Annual vaccination report of Bihar and Orissa - 1911-1928
Year: 1911
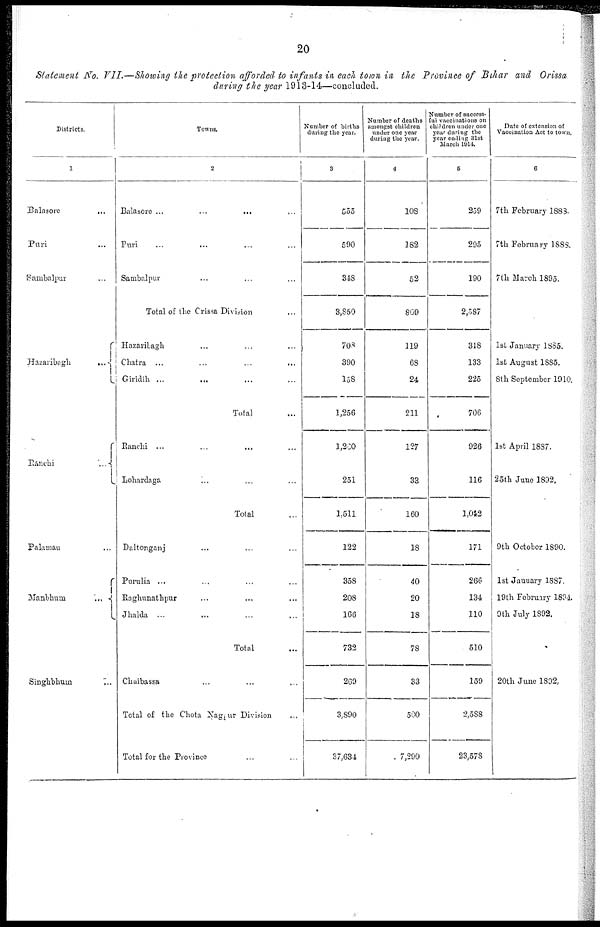
20
Statement No. VII.—Showing the protection afforded to infants in each town in the Province of Bihar and Orissa
during the year 1913-14—concluded.
Districts.
1
Balasore
...
Puri ...
Sambalpur ...
Hazaribagh ...
Ranchi ...
Palamau ...
Manbhum
...
Singhbhum ...
Towns.
2
Balasore
...
...
...
Puri ... ... ...
Sambalpur ... ... ...
Total of the Orissa Division ...
Hazaribagh ... ... ...
Chatra ... ... ...
Giridih
...
...
...
Total ...
Ranchi ... ... ...
Lohardaga ... ... ...
Total ...
Daltonganj ...
Purulia ... ... ...
Raghunathpur
...
...
...
Jhalda ... ... ...
Total ...
Chaibassa ...
Total of the Chota Nagpur Division
Total for the Province ...
Number of births
during the year.
3
555
590
348
3,850
708
390
158
1,256
1,260
251
1,511
122
358
208
166
732
269
3,890
37,631
Number of deaths
amongst children
under one year
during the year.
4
108
182
52
809
119
68
24
211
127
38
160
18
40
20
18
78
33
500
7,290
Number of success-
ful vaccinations on
children under one
year during the
year ending 31st
March 1914.
5
259
295
190
2,587
318
133
225
706
926
116
1,042
171
266
134
110
510
159
2,588
23,578
Date of extension of
Vaccination Act to town.
6
7th February 1883.
7th February 1888.
7th March 1895.
1st January 1885.
1st August 1885.
8th September 1910.
1st April 1887.
25th June 1892.
9th October 1890.
1st January 1887.
19th February 1894.
9th July 1892.
20th June 1892,